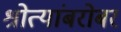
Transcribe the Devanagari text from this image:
श्रोत्यांबरोबर